Annual administration report of the Civil Veterinary Department of India - 1908-1909
Year: 1908
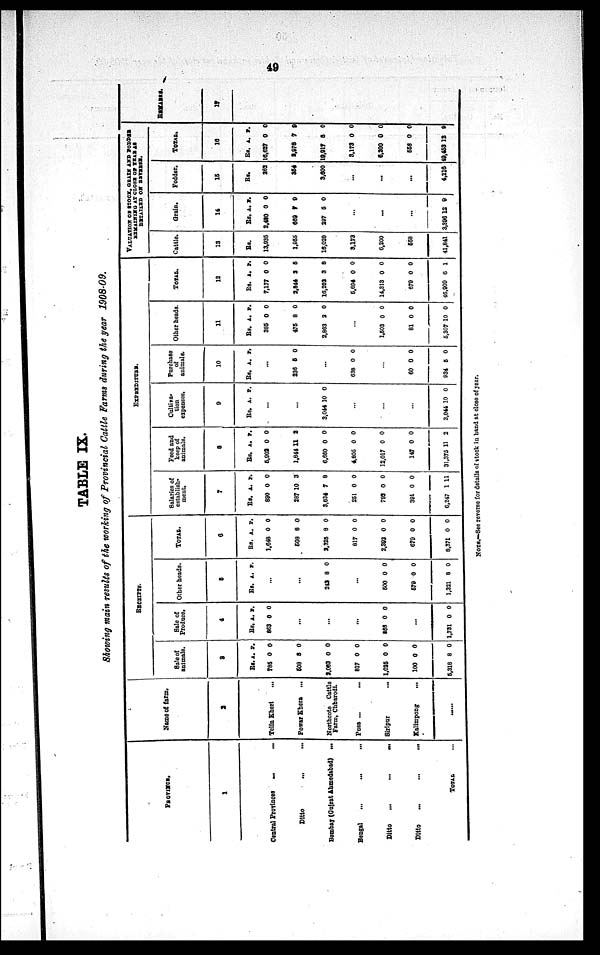
49
TABLE IX.
Showing main results of the working of Provincial Cattle Farms during the year 1908-09.
PROVINCE.
1
Central Provinces
...
...
Ditto
Bombay (Gujrat Ahmedabad) ...
Bengal ... ... ...
Ditto
...
...
...
Ditto
...
...
...
TOTAL ...
Name of farm.
2
Telin Kherl ...
Powar Khera
...
Northcote Cattle
Farm, Chharodi.
Pusa ...
...
Siripur
...
Kalimpong
...
......
RECEIPTS.
Sale of
animals.
3
Rs.
785
508
2,063
817
1,025
100
5,318
A.
0
8
0
0
0
0
8
P.
0
0
0
0
0
0
0
Sale of
Produce.
4
Rs.
863
868
1,731
A.
0
...
...
...
0
...
0
P.
0
0
0
Other heads.
5
Rs.
242
500
579
1,321
A.
...
...
8
...
0
0
8
P.
0
0
0
0
TOTAL.
6
Rs.
1,648
508
2,325
817
2,393
679
8,371
A.
0
8
8
0
0
0
0
P.
0
0
0
0
0
0
0
EXPENDITURE.
Salaries of
establish¬
ment.
7
Rs.
890
287
3,634
251
793
391
6,247
A.
0
10
7
0
0
0
1
P.
0
3
8
0
0
0
11
Feed and
keep of
animals.
8
Rs.
5,902
1,844
6,660
4,805
12,017
147
31,375
A.
0
11
0
0
0
0
11
P.
0
2
0
0
0
0
2
Cultiva¬
tion
expenses.
9
Rs.
3,044
3,044
A.
...
...
10
...
...
...
10
P.
0
0
Purchase
of
animals.
10
Rs.
236
638
60
934
A.
...
5
...
0
...
0
5
P.
0
0
0
0
Other heads.
11
Rs.
385
475
2,863
1,503
81
5,307
A.
0
8
2
...
0
0
10
P.
0
0
0
0
0
0
TOTAL.
12
Rs.
7,177
2,844
16,202
5,694
14,313
679
46,909
A.
0
2
3
0
0
0
6
P
0
5
8
0
0
0
1
VALUATION OF STOCK, GRAIN AND RODDER
REMAINING AT CLOSE OF YEAR AS
DETAILED ON REVERSE.
Cattle.
13
Rs.
13,935
1,955
18,020
3,173
6,200
658
41,841
Grain.
14
Rs.
2,480
669
297
3,396
A.
0
7
5
...
...
...
12
P.
0
9
0
9
Fodder.
15
Rs.
262
354
3,600
...
...
...
4,216
TOTAL.
16
Rs.
16,627
3,978
19,917
3,173
6,200
558
49,453
A.
0
7
5
0
0
0
12
P.
0
9
0
0
0
0
9
REMARKS.
17
NOTE.—See reverse for details of stock in hand at close of year.